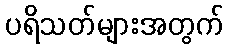
ပရိသတ်များအတွက်